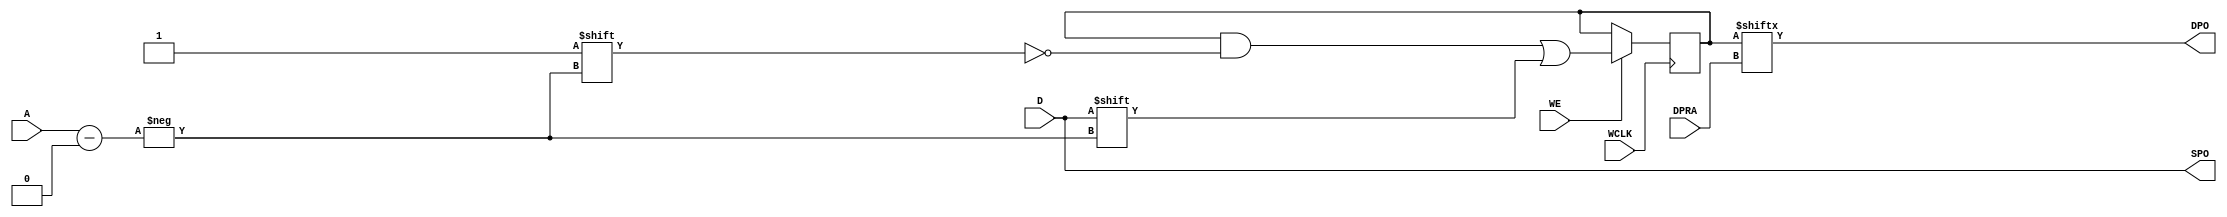
module RAM128X1D(WCLK,D,WE,SPO,DPO,A,DPRA);
   input      WCLK; //write clock
   input      D; // write data input
   input      WE; // write enable
   output     SPO; // R/W port addressed by A
   output     DPO; // R port addressed by DPRA
   input [6:0] A; // R/W port address
   input [6:0] DPRA; // R port address
   parameter INIT = 128'd0;

   reg [127:0] ram = INIT;

   assign DPO = ram[DPRA];
   assign SPO=D;

   always @(posedge WCLK) begin
      if(WE) begin
         ram[A] <= D;
      end
   end



endmodule